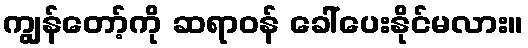
ကျွန်တော့်ကို ဆရာဝန် ခေါ်ပေးနိုင်မလား။